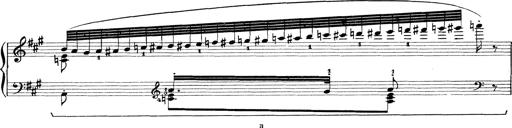
Title: Rapsodie: 19 ungheresi, 1 spagnuola
Composer: Franz Liszt